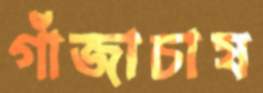
গাঁজাচাষ